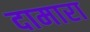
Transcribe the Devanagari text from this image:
दामारा